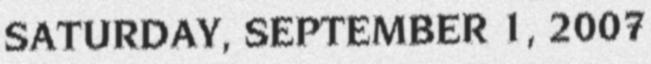
SATURDAY, SEPTEMBER 1, 2007